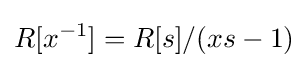
R[x^{-1}]=R[s]/(xs-1)